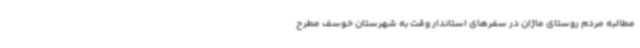
مطالبه مردم روستای ماژان در سفرهای استاندار وقت به شهرستان خوسف مطرح